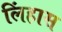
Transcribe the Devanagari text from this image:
लिंहास